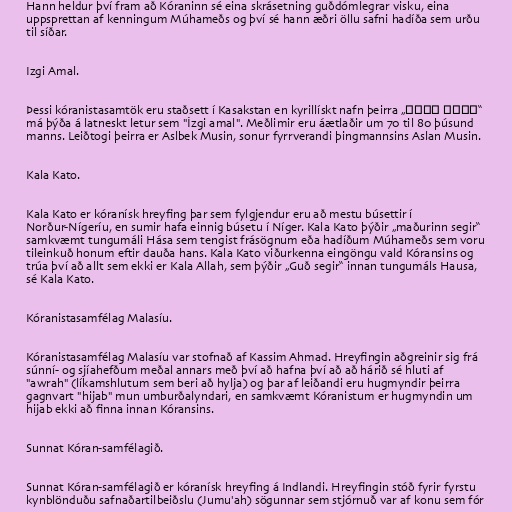
Hann heldur því fram að Kóraninn sé eina skrásetning guðdómlegrar visku, eina
uppsprettan af kenningum Múhameðs og því sé hann æðri öllu safni hadíða sem urðu
til síðar.

Izgi Amal.

Þessi kóranistasamtök eru staðsett í Kasakstan en kyrillískt nafn þeirra „Ізгі амал“
má þýða á latneskt letur sem "İzgi amal". Meðlimir eru áætlaðir um 70 til 80 þúsund
manns. Leiðtogi þeirra er Aslbek Musin, sonur fyrrverandi þingmannsins Aslan Musin.

Kala Kato.

Kala Kato er kóranísk hreyfing þar sem fylgjendur eru að mestu búsettir í
Norður-Nígeríu, en sumir hafa einnig búsetu í Níger. Kala Kato þýðir „maðurinn segir“
samkvæmt tungumáli Hása sem tengist frásögnum eða hadíðum Múhameðs sem voru
tileinkuð honum eftir dauða hans. Kala Kato viðurkenna eingöngu vald Kóransins og
trúa því að allt sem ekki er Kala Allah, sem þýðir „Guð segir“ innan tungumáls Hausa,
sé Kala Kato.

Kóranistasamfélag Malasíu.

Kóranistasamfélag Malasíu var stofnað af Kassim Ahmad. Hreyfingin aðgreinir sig frá
súnní- og sjíahefðum meðal annars með því að hafna því að að hárið sé hluti af
"awrah" (líkamshlutum sem beri að hylja) og þar af leiðandi eru hugmyndir þeirra
gagnvart "hijab" mun umburðalyndari, en samkvæmt Kóranistum er hugmyndin um
hijab ekki að finna innan Kóransins.

Sunnat Kóran-samfélagið.

Sunnat Kóran-samfélagið er kóranísk hreyfing á Indlandi. Hreyfingin stóð fyrir fyrstu
kynblönduðu safnaðartilbeiðslu (Jumu'ah) sögunnar sem stjórnuð var af konu sem fór